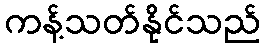
ကန့်သတ်နိုင်သည်